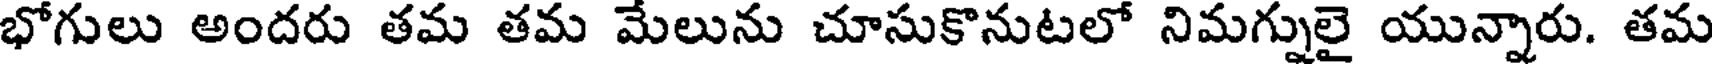
భోగులు అందరు తమ తమ మేలును చూసుకొనుటలో నిమగ్నులై యున్నారు. తమ